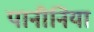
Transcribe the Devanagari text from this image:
पानीनिया